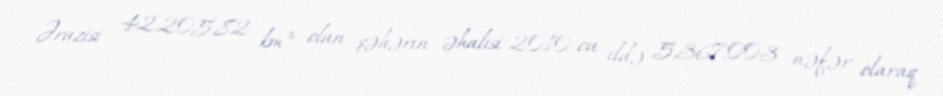
Ərazisi 42,205.82 km² olan şəhərin əhalisi 2010-cu ildə 5,367,003 nəfər olaraq